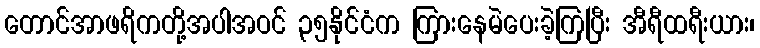
တောင်အာဖရိကတို့အပါအဝင် ၃၅နိုင်ငံက ကြားနေမဲပေးခဲ့ကြပြီး အီရီထရီးယား၊